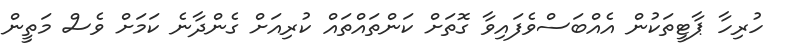
ހުރިހާ ޕާޓީތަކުން އެއްބަސްވެފައިވާ ގޮތަށް ކަންތައްތައް ކުރިއަށް ގެންދާނެ ކަމަށް ވެސް މަތީން